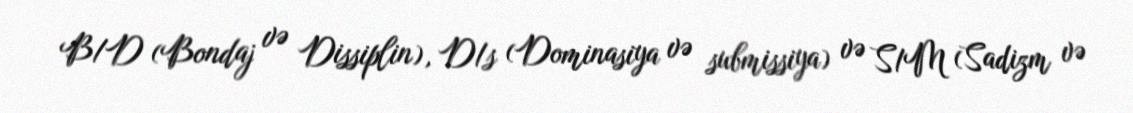
B/D (Bondaj və Dissiplin), D/s (Dominasiya və submissiya) və S/M (Sadizm və